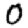
Digit: 0